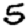
Digit: 5